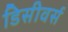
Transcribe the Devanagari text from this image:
डिसीवर्स